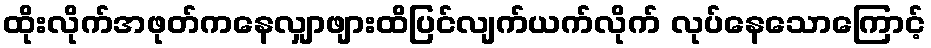
ထိုးလိုက်အဖုတ်ကနေလျှာဖျားထိပြင်လျက်ယက်လိုက် လုပ်နေသောကြောင့်